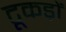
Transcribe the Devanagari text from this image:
टूकड़ों